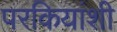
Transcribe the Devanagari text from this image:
परकियांशी